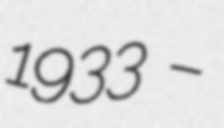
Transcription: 1933 –